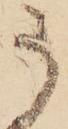
う